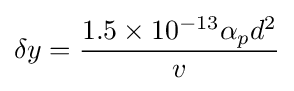
\delta y={\frac {1.5\times 10^{-13}\alpha _{p}d^{2}}{v}}